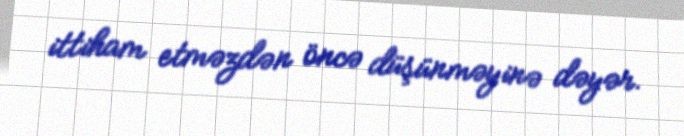
ittiham etməzdən öncə düşünməyinə dəyər.